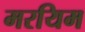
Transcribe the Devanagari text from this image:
मरयिम